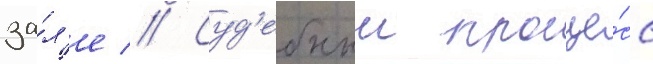
за́л'е // Суд'ебныи проце́сс